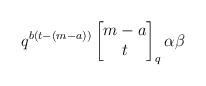
LaTeX: \begin{align*} q^{b(t-(m-a))} \begin{bmatrix} m-a \\ t \end{bmatrix}_q \alpha \beta\end{align*}